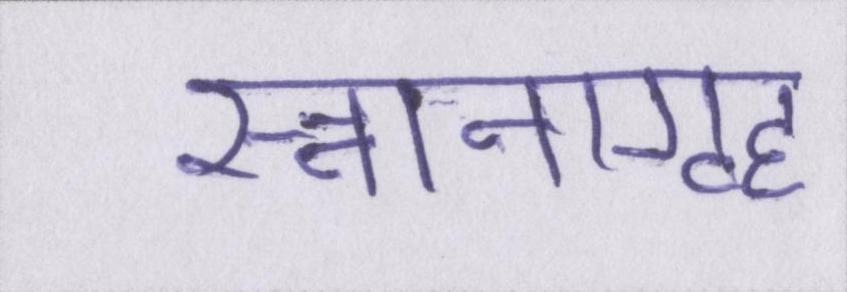
स्नानगृह